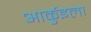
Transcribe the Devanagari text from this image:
आर्कुइला